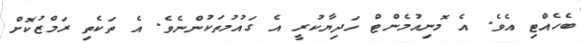
ބެހެއްޓި އެވެ. އެ މޮނިއުމެންޓް ހަދިޔާކުރީ އެ ގައުމުތަކުންނެވެ. އެ ތަކެތި ރަމްޒުކޮށް